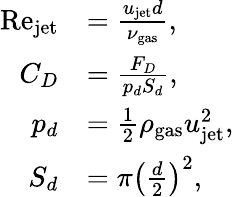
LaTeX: \begin{array}{rl}{\mathrm{Re}_{\mathrm{jet}}}&{=\frac{u_{\mathrm{jet}}d}{\nu_{\mathrm{gas}}},}\\ {C_{D}}&{=\frac{F_{D}}{p_{d}S_{d}},}\\ {p_{d}}&{=\frac{1}{2}\rho_{\mathrm{gas}}u_{\mathrm{jet}}^{2},}\\ {S_{d}}&{=\pi\left(\frac{d}{2}\right)^{2},}\end{array}